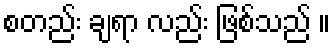
စတည်း ချရာ လည်း ဖြစ်သည် ။